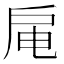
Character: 𫼊